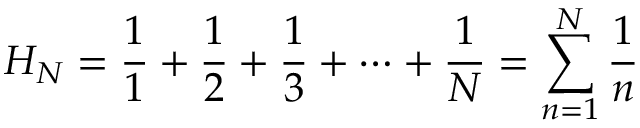
H _ { N } = \frac { 1 } { 1 } + \frac { 1 } { 2 } + \frac { 1 } { 3 } + \cdots + \frac { 1 } { N } = \sum _ { n = 1 } ^ { N } \frac { 1 } { n }